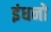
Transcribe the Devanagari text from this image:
इंधनो